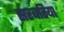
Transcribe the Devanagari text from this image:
सरबरिया